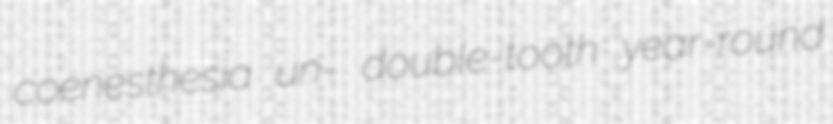
coenesthesia un- double-tooth year-round